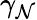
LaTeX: \gamma_{\mathcal{N}}